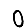
Digit: 0